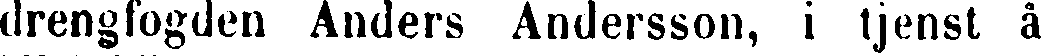
drengfogden Anders Andersson, i tjenst å